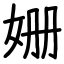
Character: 姗